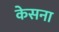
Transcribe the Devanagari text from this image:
केसना